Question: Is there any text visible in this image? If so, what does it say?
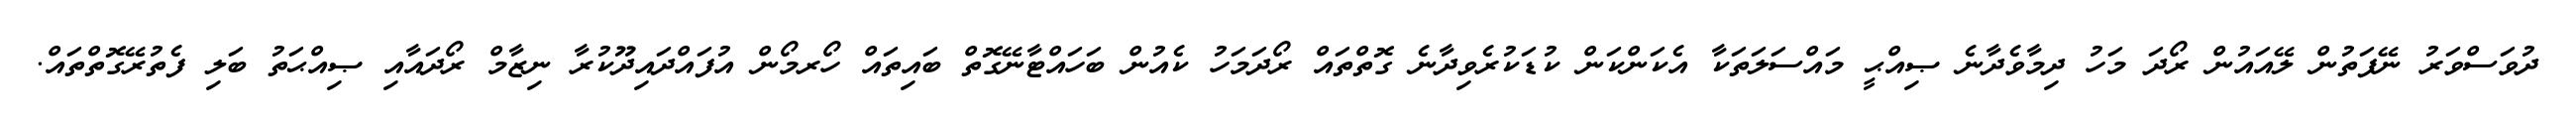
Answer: ދުވަސްވަރު ނޭފަތުން ލޭއައުން ރޯދަ މަހު ދިމާވެދާނެ ޞިއްޙީ މައްސަލަތަކާ އެކަންކަން ކުޑަކުރެވިދާނެ ގޮތްތައް ރޯދަމަހު ކެއުން ބަހައްޓާނޭގޮތް ބައިތައް ހޯރމޯން އުފައްދައިދޫކުރާ ނިޒާމް ރޯދައާއި ޞިއްޙަތު ބަލި ފެތުރޭގޮތްތައް.